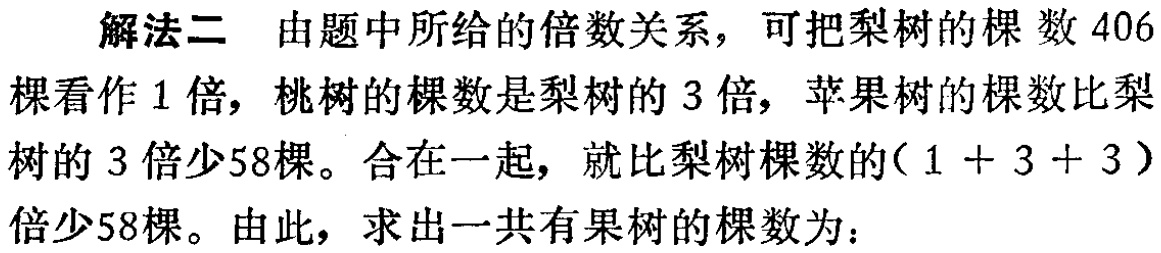
解法二 由题中所给的倍数关系，可把梨树的棵数\(406\)棵看作\(1\)倍，桃树的棵数是梨树的\(3\)倍，苹果树的棵数比梨树的\(3\)倍少\(58\)棵。合在一起，就比梨树棵数的\((1 + 3 + 3)\)倍少\(58\)棵。由此，求出一共有果树的棵数为：